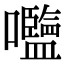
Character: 𡅞